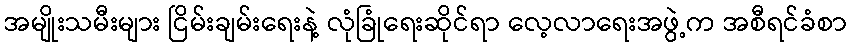
အမျိုးသမီးများ ငြိမ်းချမ်းရေးနဲ့ လုံခြုံရေးဆိုင်ရာ လေ့လာရေးအဖွဲ့က အစီရင်ခံစာ